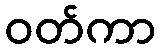
ဝတ်ကာ